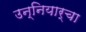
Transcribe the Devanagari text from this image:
उन्नियार्चा